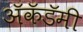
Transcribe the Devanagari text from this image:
अॅकॅडॅमी